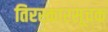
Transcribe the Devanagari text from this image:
तिरस्कारसूचक